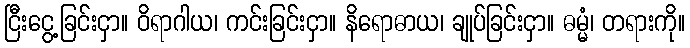
ငြီးငွေ့ခြင်းငှာ။ ဝိရာဂါယ၊ ကင်းခြင်းငှာ။ နိရောဓာယ၊ ချုပ်ခြင်းငှာ။ ဓမ္မံ၊ တရားကို။